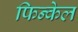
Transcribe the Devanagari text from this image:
फिन्केल